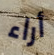
أراء